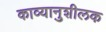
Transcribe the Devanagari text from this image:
काव्यानुशीलक